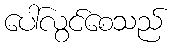
ပေါ်လွင်စေသည်